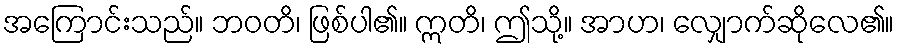
အကြောင်းသည်။ ဘဝတိ၊ ဖြစ်ပါ၏။ ဣတိ၊ ဤသို့။ အာဟ၊ လျှောက်ဆိုလေ၏။